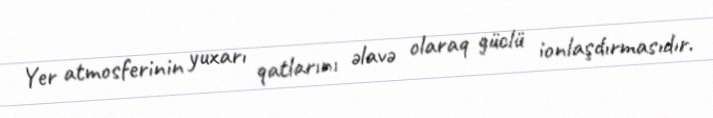
Yer atmosferinin yuxarı qatlarını əlavə olaraq güclü ionlaşdırmasıdır.